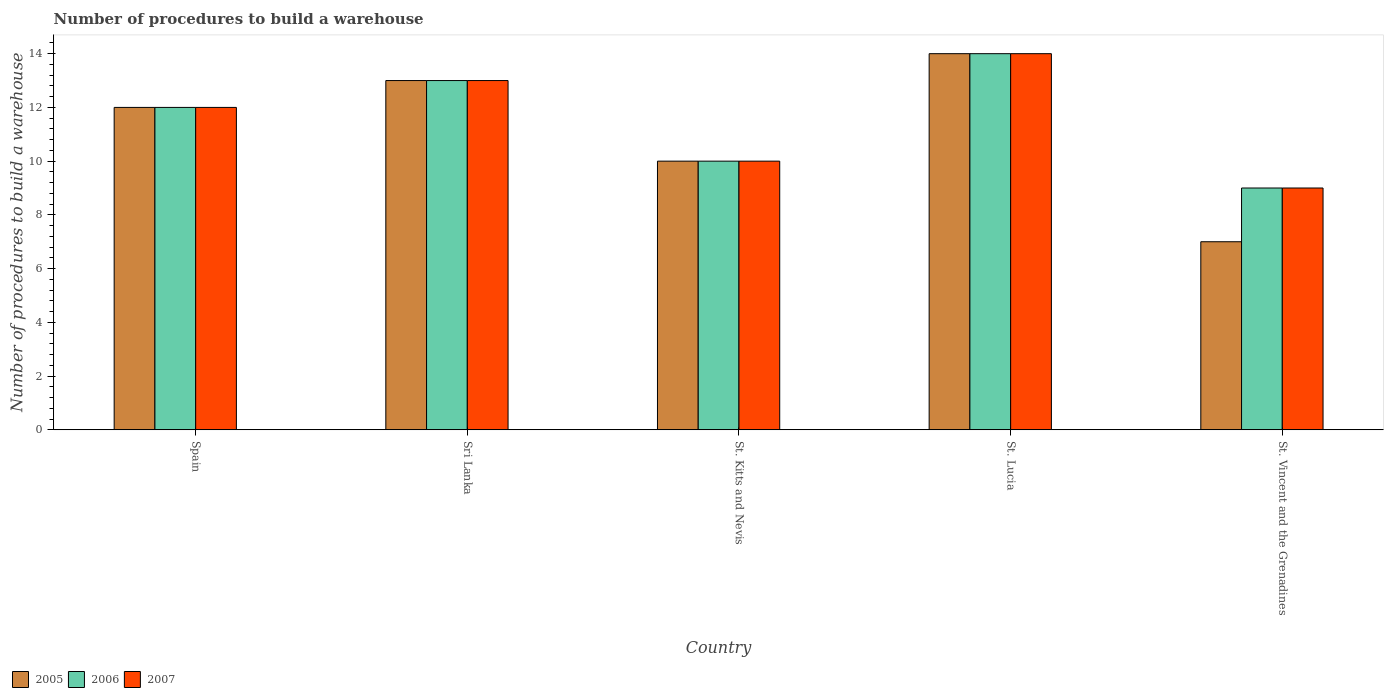
| Country | 2005 | 2006 | 2007 |
 | --- | --- | --- | --- |
 | Spain | 12 | 12 | 12 |
 | Sri Lanka | 13 | 13 | 13 |
 | St. Kitts and Nevis | 10 | 10 | 10 |
 | St. Lucia | 14 | 14 | 14 |
 | St. Vincent and the Grenadines | 7 | 9 | 9 |